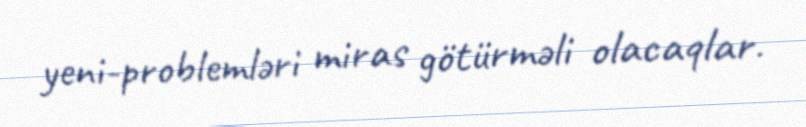
yeni-problemləri miras götürməli olacaqlar.